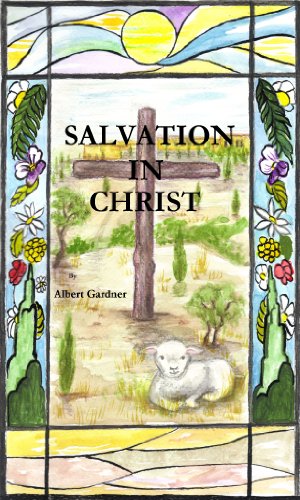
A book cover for Salvation in Christ; Albert Gardner; Christian Books & Bibles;